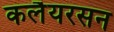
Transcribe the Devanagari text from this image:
कलैयरसन